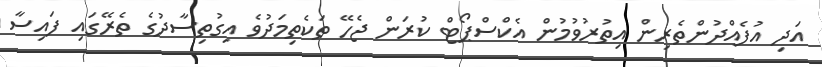
އަދި އުފެއްދުންތެރިން އިތުރުވުމުން އެކްސްޕޯޓް ކުރަން ޖެހޭ ތަކެތިމަދުވެ އިގުތިސާދުގެ ތެރޭގައި ފައިސާ